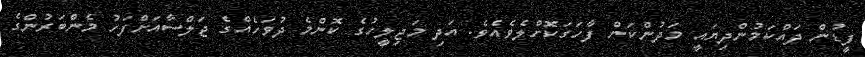
ފީޑުން ދައްކަމުންދިޔައީ މަދުންކަން ފާހަގަކޮށްލެވެއެވެ. އަދި މަޖިލީހުގެ ކޮންމެ ދުވަހެއްގެ ޖަލްސާއަށްފަހު މެންބަރުންގެ